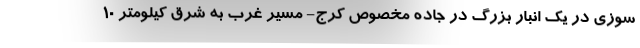
سوزی در یک انبار بزرگ در جاده مخصوص کرج- مسیر غرب به شرق کیلومتر ١٠